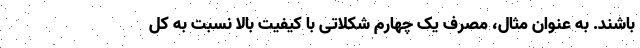
باشند. به عنوان مثال، مصرف یک چهارم شکلاتی با کیفیت بالا نسبت به کل